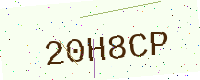
Text: 20H8CP